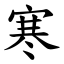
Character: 寒